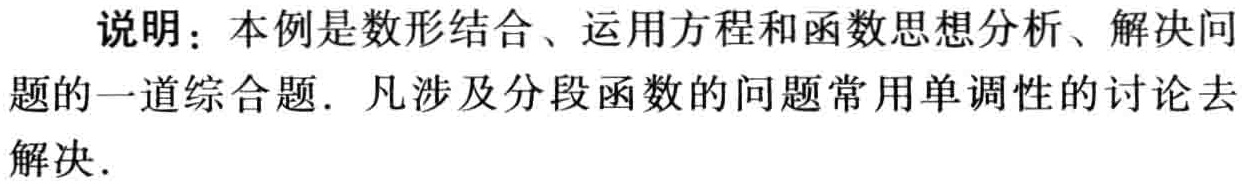
说明：本例是数形结合、运用方程和函数思想分析、解决问题的一道综合题．凡涉及分段函数的问题常用单调性的讨论去解决．